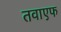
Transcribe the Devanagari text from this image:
तवाएफ